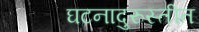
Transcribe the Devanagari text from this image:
घटनादुरुस्तीत